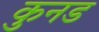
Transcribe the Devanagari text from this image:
कुनड